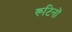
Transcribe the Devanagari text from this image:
रूटिनों